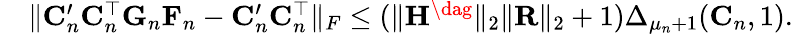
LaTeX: \begin{array}{rl}&{\| \mathbf{C}_{n}^{\prime}\mathbf{C}_{n}^{\top}\mathbf{G}_{n}\mathbf{F}_{n}-\mathbf{C}_{n}^{\prime}\mathbf{C}_{n}^{\top}\| _{F}\leq(\| \mathbf{H}^{\dag}\| _{2}\| \mathbf{R}\| _{2}+1)\Delta_{\mu_{n}+1}(\mathbf{C}_{n},1).}\end{array}